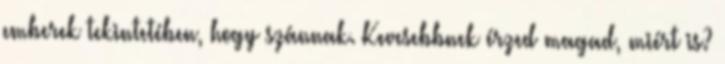
emberek tekintetében, hogy szánnak. Kevesebbnek érzed magad, miért is?